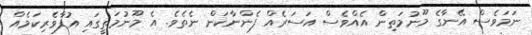
ނަމަވެސް އޭނާގެ މޫނުމަތިން އެއްވެސް އަސަރެއް ފެންނާކަން ނެތެވެ. އެ މޫނުމަތީގައި އުފާވެރިކަމެއް